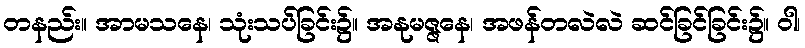
တနည်း။ အာမသနေ၊ သုံးသပ်ခြင်း၌။ အနုမဇ္ဇနေ၊ အဖန်တလဲလဲ ဆင်ခြင်ခြင်း၌။ ဝါ၊